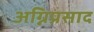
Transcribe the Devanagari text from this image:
अग्निप्रसाद